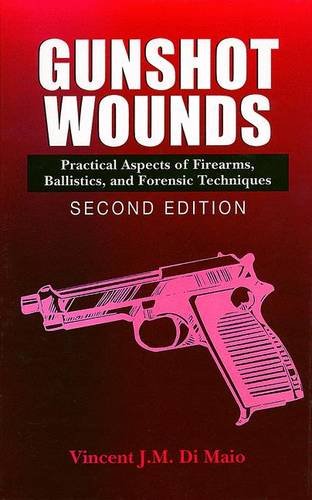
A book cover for Gunshot Wounds: Practical Aspects of Firearms, Ballistics, and Forensic Techniques, SECOND EDITION (Practical Aspects of Criminal and Forensic Investigations); Vincent J.M. DiMaio  M.D.; Law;